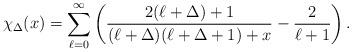
LaTeX: \begin{align*}\chi_{\Delta} ( x ) = \sum_{\ell = 0}^{\infty }\left( \frac{2(\ell + \Delta ) + 1 }{(\ell + \Delta ) (\ell + \Delta +1 ) + x }- \frac{2}{\ell + 1} \right).\end{align*}